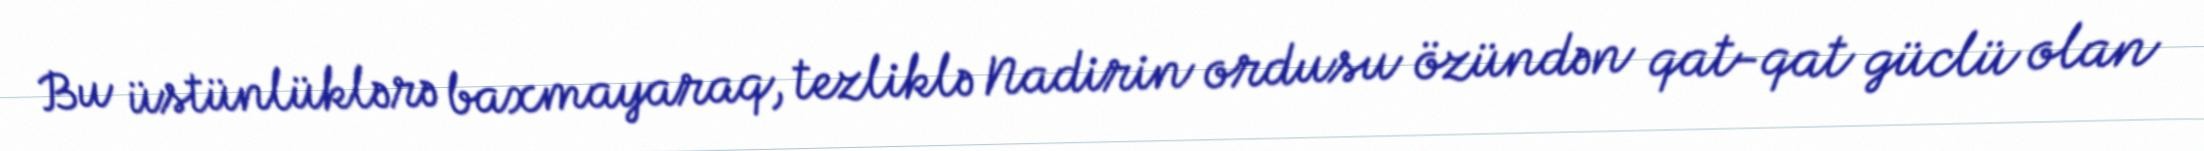
Bu üstünlüklərə baxmayaraq, tezliklə Nadirin ordusu özündən qat-qat güclü olan